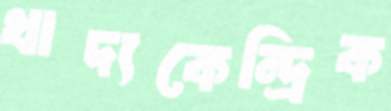
খাদ্যকেন্দ্রিক